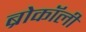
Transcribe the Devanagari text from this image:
ब्रोकॉली